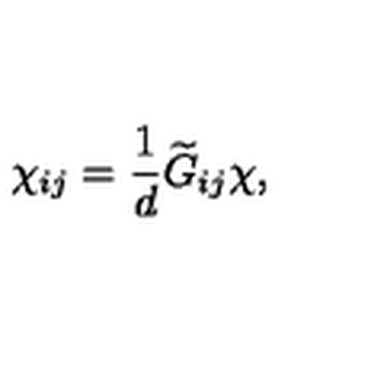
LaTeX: \chi _ { i j } = { \frac { 1 } { d } } { \widetilde G } _ { i j } \chi ,